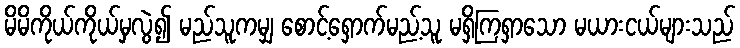
မိမိကိုယ်ကိုယ်မှလွဲ၍ မည်သူကမျှ စောင့်ရှောက်မည့်သူ မရှိကြရှာသော မယားငယ်များသည်